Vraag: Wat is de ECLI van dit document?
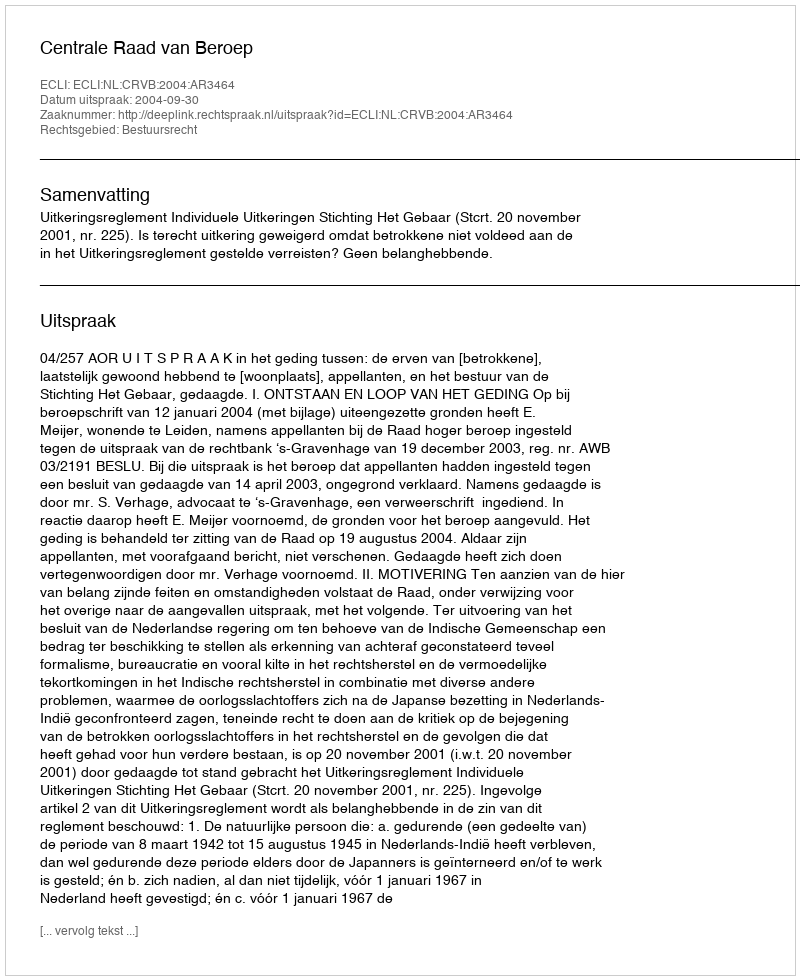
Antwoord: ECLI:NL:CRVB:2004:AR3464